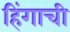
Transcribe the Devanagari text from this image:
हिंगाची